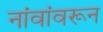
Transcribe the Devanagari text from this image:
नांवांवरून